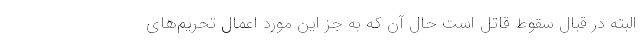
البته در قبال سقوط قاتل است حال آن که به جز این مورد اِعمال تحریم‌های